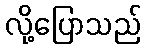
လို့ပြောသည်